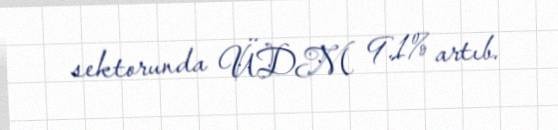
sektorunda ÜDM 9.1% artıb.